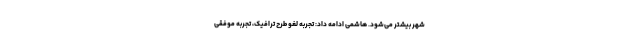
شهر بیشتر می‌شود. هاشمی ادامه داد: تجربه لغو طرح ترافیک، تجربه موفقی